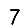
Digit: 7